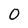
Character: O